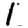
Digit: 1